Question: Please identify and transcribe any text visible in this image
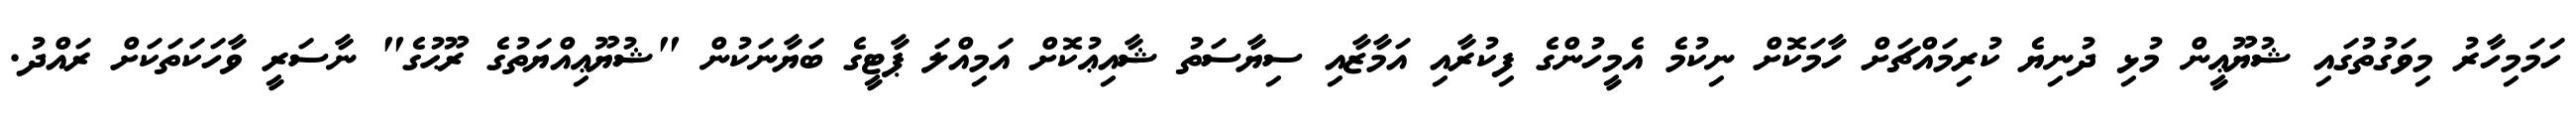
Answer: ހަމަމިހާރު މިވަގުތުގައި ޝުޔޫޢީން މުޅި ދުނިޔެ ކުރިމައްޗަށް ހާމަކޮށް ނިކުމެ އެމީހުންގެ ފިކުރާއި އަމާޒާއި ސިޔާސަތު ޝާއިޢުކޮށް އަމިއްލަ ޕާޓީގެ ބަޔާނަކުން "ޝުޔޫޢިއްޔަތުގެ ރޫޙުގެ" ނާސަރީ ވާހަކަތަކަށް ރައްދު.